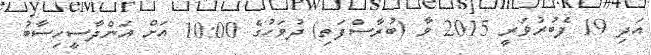
އަދި 19 ފެބުރުވަރީ 2015 ވާ (ބުރާސްފަތި) ދުވަހުގެ 10:00 އަށް އަންދާސީހިސާބު